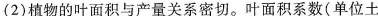
(2)植物的叶面积与产量关系密切。叶面积系数(单位土